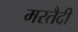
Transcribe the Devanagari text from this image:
मरतैदी